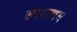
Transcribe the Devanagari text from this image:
साराणम